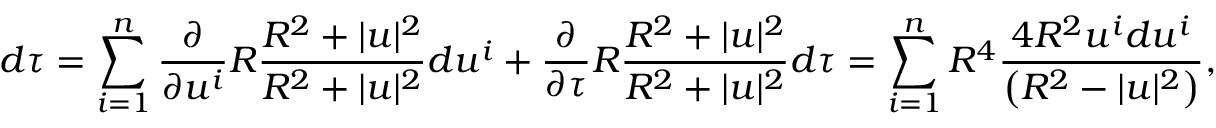
d \tau = \sum _ { i = 1 } ^ { n } { \frac { \partial } { \partial u ^ { i } } } R { \frac { R ^ { 2 } + | u | ^ { 2 } } { R ^ { 2 } + | u | ^ { 2 } } } d u ^ { i } + { \frac { \partial } { \partial \tau } } R { \frac { R ^ { 2 } + | u | ^ { 2 } } { R ^ { 2 } + | u | ^ { 2 } } } d \tau = \sum _ { i = 1 } ^ { n } R ^ { 4 } { \frac { 4 R ^ { 2 } u ^ { i } d u ^ { i } } { \left( R ^ { 2 } - | u | ^ { 2 } \right) } } ,